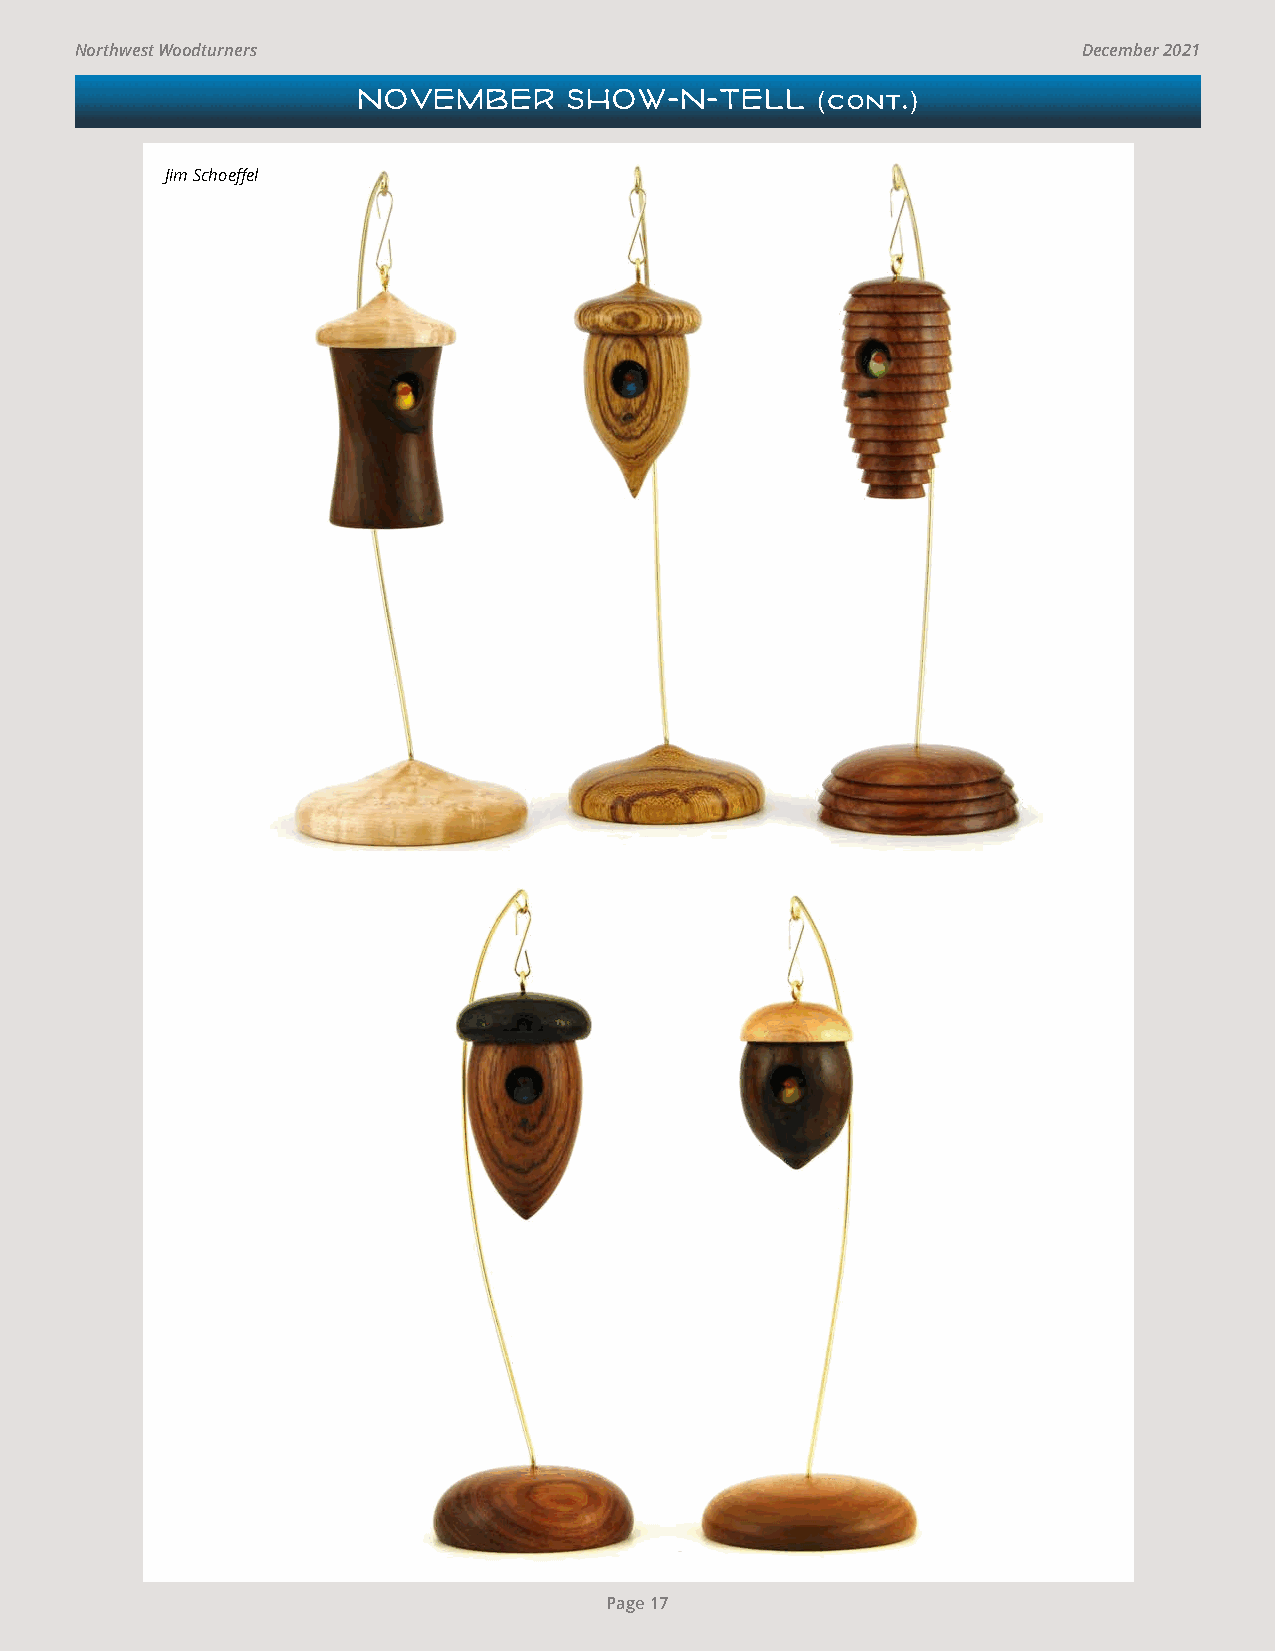
Northwest Woodturners                                              December 2021
 NOVEMBER      SHOW-N-TELL     (cont.)
 Jim Schoeffel
 Page 17